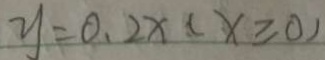
y = 0 . 2 x ( x \geqslant 0 )